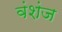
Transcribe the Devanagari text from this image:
वंशंज